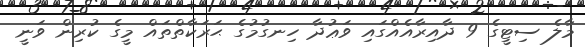
މާލެ ސިޓީގެ 9 ދާއިރާއެއްގައި ވަޢުދާ ހިނގުމުގެ ޙަރަކާތްތައް މީގެ ކުރިން ވަނީ